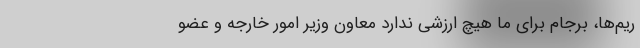
ریم‌ها، برجام برای ما هیچ ارزشی ندارد معاون وزیر امور خارجه و عضو